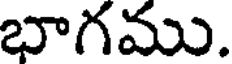
భాగము.